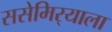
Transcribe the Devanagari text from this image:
ससेमिर्‍याला